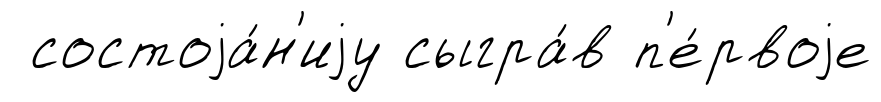
состоjа́н'иjу сыгра́в п'е́рвоjе